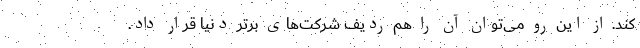
کند. از این رو می‌توان آن را هم ردیف شرکت‌های برتر دنیا قرار داد.